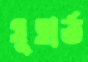
সুহার্ত